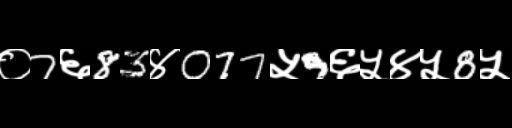
Text: ०7६83४077५9६५४५8५